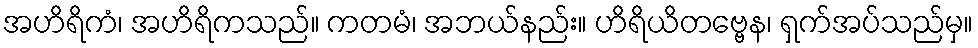
အဟိရိကံ၊ အဟိရိကသည်။ ကတမံ၊ အဘယ်နည်း။ ဟိရိယိတဗ္ဗေန၊ ရှက်အပ်သည်မှ။